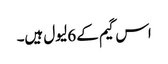
اس گیم کے 6 لیول ہیں۔